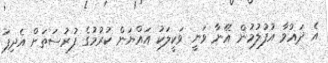
އެ ދައުވާ އުފުލުމުން އޭނާ ވަނީ ވަކީލަކު އައްޔަން ކުރުމުގެ ފުރުސަތަށް އެދިފަ